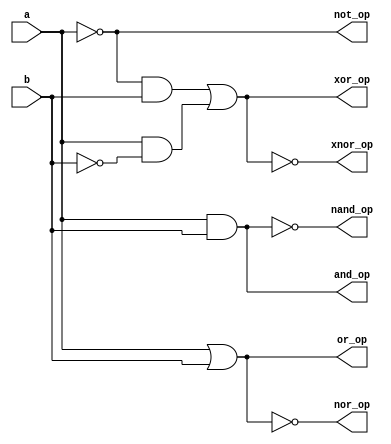
`timescale 1ns / 1ps
//////////////////////////////////////////////////////////////////////////////////
// Company:        Code-Tronix
// 
// Design Name:    All Gates Module
// Module Name:    allg 
// Project Name: 
// Target Devices: 
// Tool versions: 
// Description: 
//
// Dependencies: 
//
// Revision: 2
// Revision 0.01 - File Created
// Additional Comments: 
//
//////////////////////////////////////////////////////////////////////////////////

//All gates Module
module allg(a,b,and_op,or_op,not_op,nand_op,nor_op,xor_op,xnor_op);
	input a,b;
	output and_op,or_op,not_op,nand_op,nor_op,xor_op,xnor_op;
	assign and_op=a&b;
	assign or_op=a|b;
	assign not_op=~a;
	assign nand_op=~and_op;
	assign nor_op=~or_op;
	assign xor_op=(~a&b)|(a&~b);
	assign xnor_op=~xor_op;
endmodule

//Test bench Module
module tb();
	reg ta,tb;
	wire tand_op,tor_op,tnot_op,tnand_op,tnor_op,txor_op,txnor_op;
	allg ut(.a(ta),.b(tb),.and_op(tand_op),.or_op(tor_op),.not_op(tnot_op),.nand_op(tnand_op),.nor_op(tnor_op),.xor_op(txor_op),.xnor_op(txnor_op));
	initial
	begin
		ta=0; tb=0; #10;
		ta=0; tb=1; #10;
		ta=1; tb=0; #10;
		ta=1; tb=1; #10;
	end
endmodule